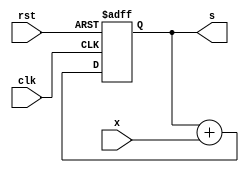
`timescale 1ns / 1ps
//////////////////////////////////////////////////////////////////////////////////
// Company: 
// Engineer: 
// 
// Design Name: 
// Module Name: ACM
// Project Name: 
// Target Devices: 
// Tool Versions: 
// Description: 
// 
// Dependencies: 
// 
// Revision:
// Revision 0.01 - File Created
// Additional Comments:
// 
//////////////////////////////////////////////////////////////////////////////////


module ACM(
    input [7:0]x,
    input clk,rst,
    output [7:0]s
    );
    reg [7:0]tmp;
    always @ (posedge clk or posedge rst)
    begin
        if (rst)
        begin
            tmp=0;
        end
        else 
        begin   
            tmp=tmp+x;
        end
    end
    assign s=tmp;
endmodule